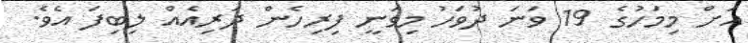
އަށް މިމަހުގެ 19 ވަނަ ދުވަހު މިވަނީ ފިރިހެން ދަރިއެއް ލިބިފަ އެވެ.